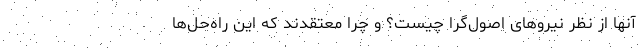
آنها از نظر نیروهای اصول‌گرا چیست؟ و چرا معتقدند که این راه‌حل‌ها